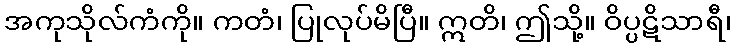
အကုသိုလ်ကံကို။ ကတံ၊ ပြုလုပ်မိပြီ။ ဣတိ၊ ဤသို့။ ဝိပ္ပဋိသာရီ၊